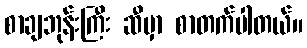
စာချဘုန်းကြီး ဆီမှာ စာတက်ပါတယ်။